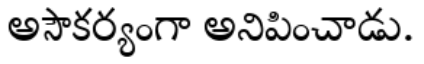
అసౌకర్యంగా అనిపించాడు.